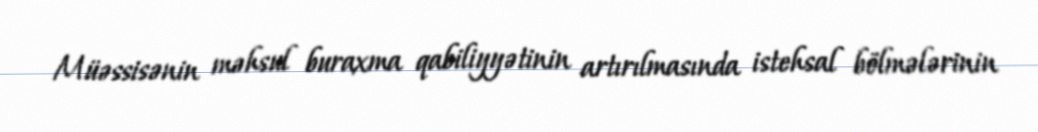
Müəssisənin məhsul buraxma qabiliyyətinin artırılmasında istehsal bölmələrinin